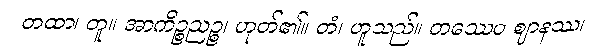
တထာ၊ တူ။ အာကိဉ္စညဉ္စ၊ ဟုတ်၏။ တံ၊ ဟူသည်။ တဿေဝ ဈာနဿ၊